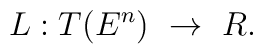
L : T(E^n)~\rightarrow~R.